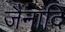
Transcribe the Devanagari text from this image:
जैनादि